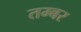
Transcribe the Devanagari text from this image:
तम्बर